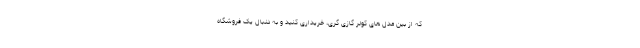
که از بین مدل های کولر گازی گری، خریداری کنید و به دنبال یک فروشگاه